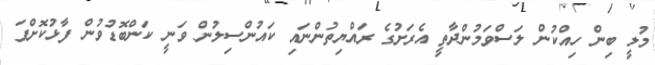
މުލީ ބިން ހިއްކުން ލަސްވަމުންދާތީ އެރަށުގެ ރައްޔިތުންނައި ކައުންސިލުން ވަނީ ކަންބޮޑުވުން ފާޅުކޮށްފަ